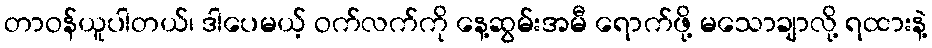
တာဝန်ယူပါတယ်၊ ဒါပေမယ့် ဝက်လက်ကို နေ့ဆွမ်းအမီ ရောက်ဖို့ မသောချာလို့ ရထားနဲ့